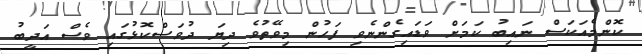
ކޮންމެއަކަސް ނައިބު ކަމަށް ވަޑައިގެންނެވި ފަހުން މިވޭތުވެ ދިޔަ ދުވަސްކޮޅުގައި ވެސް އަދީބު